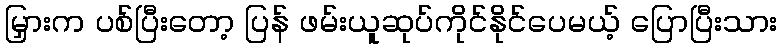
မြှားက ပစ်ပြီးတော့ ပြန် ဖမ်းယူဆုပ်ကိုင်နိုင်ပေမယ့် ပြောပြီးသား